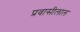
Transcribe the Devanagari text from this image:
प्रवासीलाल